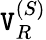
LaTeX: \mathtt{V}_{R}^{(S)}